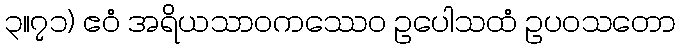
၃။၇၁) ဧဝံ အရိယသာဝကဿေဝ ဥပေါသထံ ဥပဝသတော